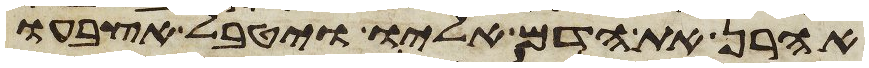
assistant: אהרן את הדם אליו ויטבל אצבעו